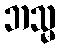
ဘသ္မ